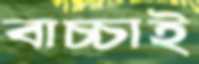
বাচ্চাই